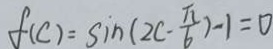
f ( c ) = \sin ( 2 c - \frac { \pi } { 6 } ) - 1 = 0